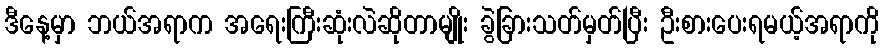
ဒီနေ့မှာ ဘယ်အရာက အရေးကြီးဆုံးလဲဆိုတာမျိုး ခွဲခြားသတ်မှတ်ပြီး ဦးစားပေးရမယ့်အရာကို